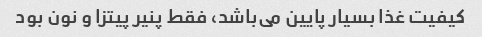
کیفیت غذا بسیار پایین می‌باشد، فقط پنیر پیتزا و نون بود